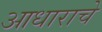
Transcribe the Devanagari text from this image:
आधाराचे